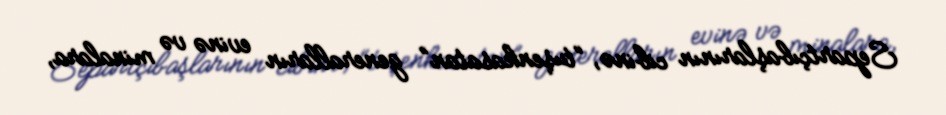
Separtçıbaşlarının cibinə, “tuşenkasatan” generalların evinə və minalara,